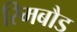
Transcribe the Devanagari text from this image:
रिमबौड